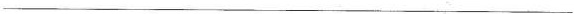
___